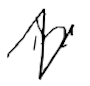
Text: in
Cross-out: zig-zag
Writing tool: digital_black